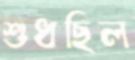
শুধছিল